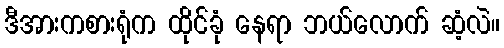
ဒီအားကစားရုံက ထိုင်ခုံ နေရာ ဘယ်လောက် ဆံ့လဲ။